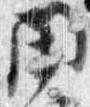
閑